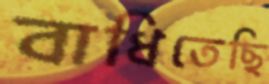
বাধিতেছি